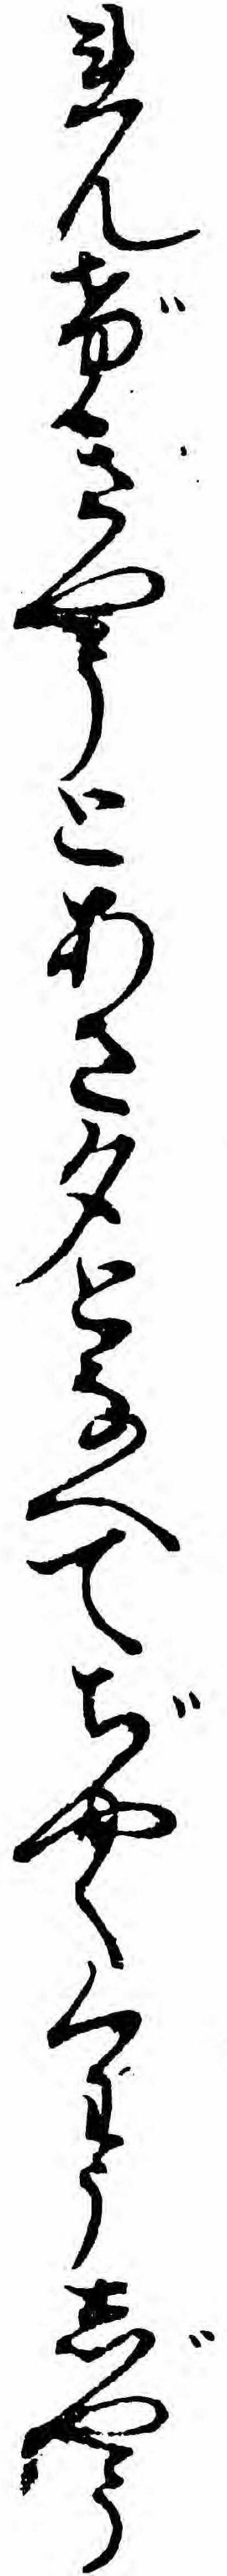
れんげきやうとあさ夕となへてぢやくくわうじやう